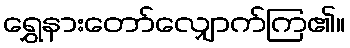
ရွှေနားတော်လျှောက်ကြ၏။